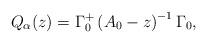
LaTeX: \begin{align*}Q_{\alpha }(z)=\Gamma_{0}^{+}\left( A_{0}-z \right)^{-1}\Gamma_{0},\end{align*}